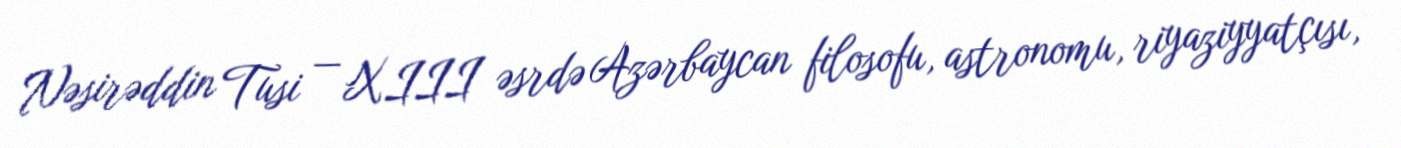
Nəsirəddin Tusi — XIII əsrdə Azərbaycan filosofu, astronomu, riyaziyyatçısı,